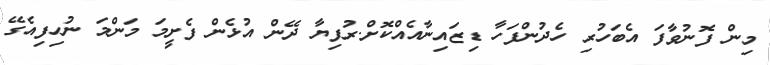
މިން ފޮނުވާފަ އެބަހުރި ހެދުންފަހާ ޑިޒައިނާއެއްކޮށް.ރުފިޔާ ދޭން އުޅެން ފެށީމަ މަންމަ ނުހިފިއެގޭ